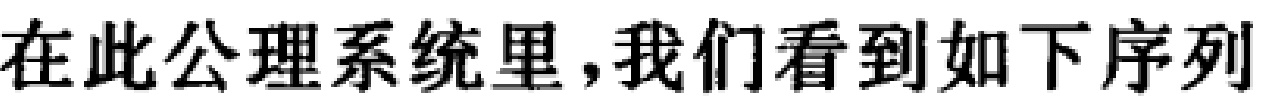
在此公理系统里，我们看到如下序列